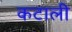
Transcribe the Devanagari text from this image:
कटाली